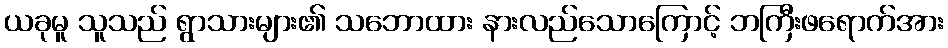
ယခုမူ သူသည် ရွာသားများ၏ သဘောထား နားလည်သောကြောင့် ဘကြီးဖရောက်အား